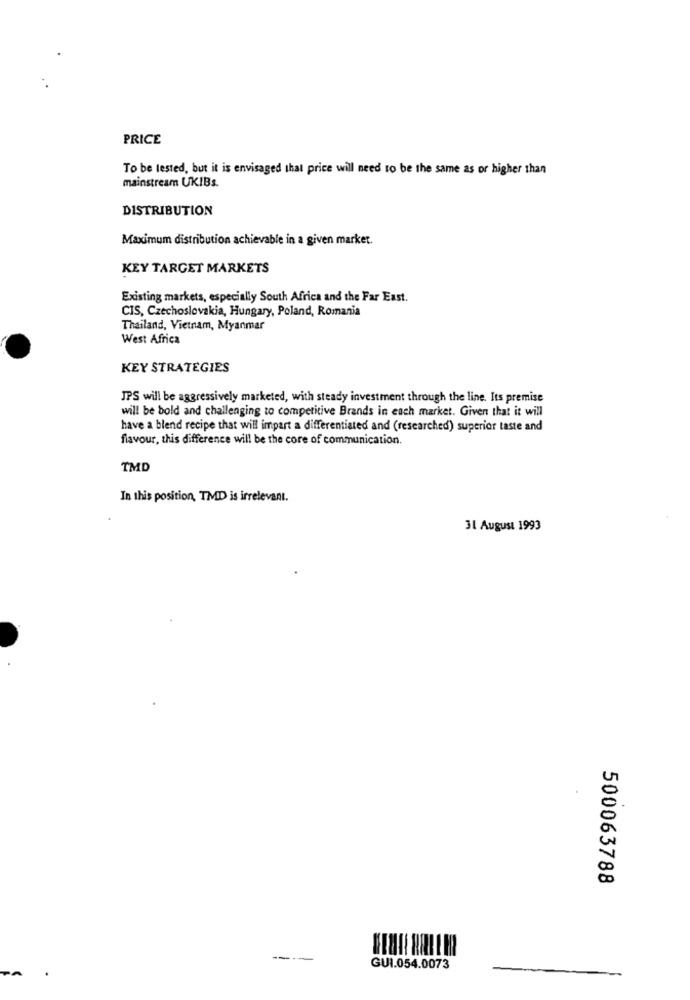
PRICE
To be tested, but it is envisaged that price will need to be the same as or higher than
mainstream UKIBs.
DISTRIBUTION
Maximum distribution achievable in a given market.
KEY TARGET MARKETS
Existing markets, especially South Africa and the Far East.
CIS, Czechoslovakia, Hungary, Poland, Romania
Thailand, Vietnam, Myanmar
West Africa
KEY STRATEGIES
JPS will be aggressively marketed, with steady investment through the line. Its premise
will be bold and challenging to competitive Brands in each market. Given that it will
have a blend recipe that will impart a differentiated and (researched) superior taste and
flavour, this difference will be the core of communication.
TMD
In this position, TMD is irrelevant.
31 August 1993
500063788
----
GUI.054.0073
-